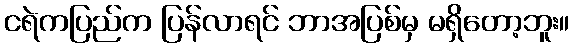
ငရဲကပြည်က ပြန်လာရင် ဘာအပြစ်မှ မရှိတော့ဘူး။